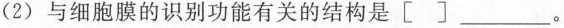
(2) 与细胞膜的识别功能有关的结构是[] ___。